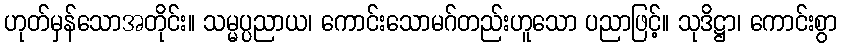
ဟုတ်မှန်သောအတိုင်း။ သမ္မပ္ပညာယ၊ ကောင်းသောမဂ်တည်းဟူသော ပညာဖြင့်။ သုဒိဋ္ဌာ၊ ကောင်းစွာ